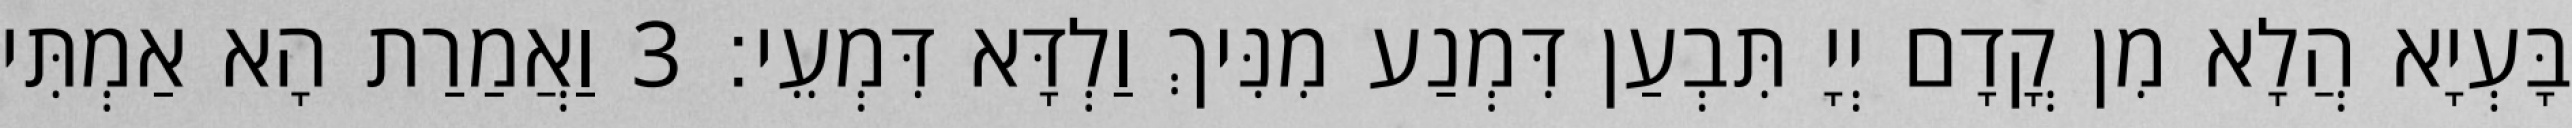
בָּעְיָא הֲלָא מִן קֳדָם יְיָ תִּבְעַן דִּמְנַע מִנִּיךְ וַלְדָּא דִּמְעֵי׃ 3 וַאֲמַרַת הָא אַמְתִּי